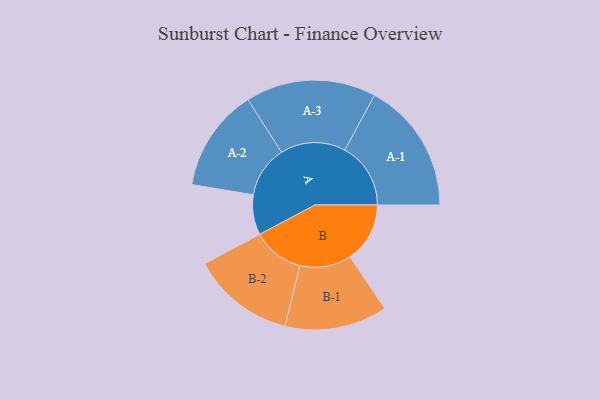
{"axis": {"x": "Segment", "y": "Value"}, "legend": ["", "A", "B"], "data": [{"x": "A", "y": 181, "type": ""}, {"x": "B", "y": 271, "type": ""}, {"x": "A-1", "y": 298, "type": "A"}, {"x": "A-2", "y": 233, "type": "A"}, {"x": "A-3", "y": 295, "type": "A"}, {"x": "B-1", "y": 232, "type": "B"}, {"x": "B-2", "y": 233, "type": "B"}]}